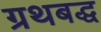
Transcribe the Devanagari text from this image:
ग्रथबद्ध